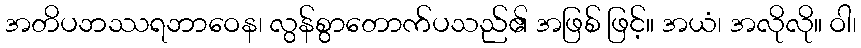
အတိပဘဿရဘာဝေန၊ လွန်စွာတောက်ပသည်၏ အဖြစ် ဖြင့်။ အယံ၊ အလိုလို။ ဝါ၊